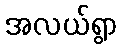
အလယ်ရွာ